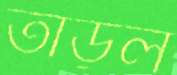
তাড়ল